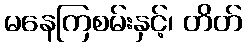
မနေကြစမ်းနှင့်၊ တိတ်